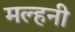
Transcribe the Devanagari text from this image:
मल्‍हनी